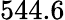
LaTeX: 544.6